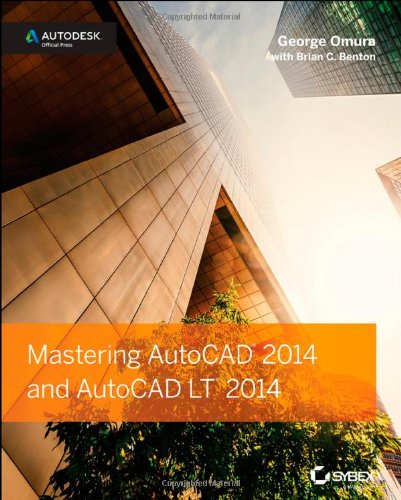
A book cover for Mastering AutoCAD 2014 and AutoCAD LT 2014: Autodesk Official Press; George Omura; Engineering & Transportation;